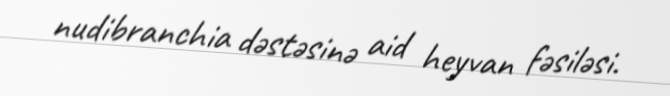
nudibranchia dəstəsinə aid heyvan fəsiləsi.